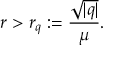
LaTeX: r > r _ { q } : = \frac { \sqrt { | q | } } { \mu } .